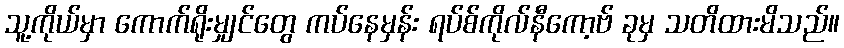
သူ့ကိုယ်မှာ ကောက်ရိုးမျှင်တွေ ကပ်နေမှန်း ရပ်စ်ကိုလ်နီကော့ဗ် ခုမှ သတိထားမိသည်။